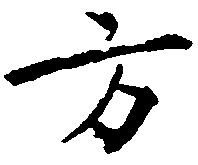
方